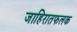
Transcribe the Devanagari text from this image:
जाहिरातफलक